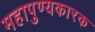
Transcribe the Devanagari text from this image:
महापुण्यकारक